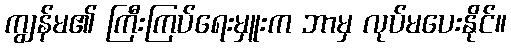
ကျွန်မ၏ ကြီးကြပ်ရေးမှူးက ဘာမှ လုပ်မပေးနိုင်။